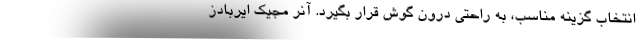
انتخاب گزینه مناسب، به راحتی درون گوش قرار بگیرد. آنر مجیک ایربادز